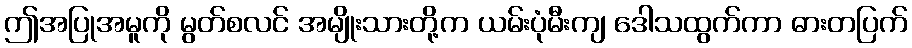
ဤအပြုအမူကို မွတ်စလင် အမျိုးသားတို့က ယမ်းပုံမီးကျ ဒေါသထွက်ကာ ဓားတပြက်